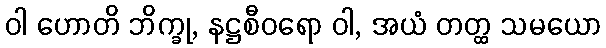
ဝါ ဟောတိ ဘိက္ခု, နဋ္ဌစီဝရော ဝါ, အယံ တတ္ထ သမယော